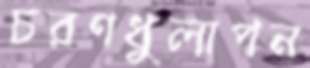
চরণধুলাপন